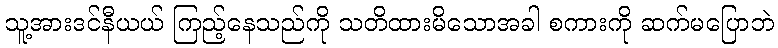
သူ့အားဒင်နီယယ် ကြည့်နေသည်ကို သတိထားမိသောအခါ စကားကို ဆက်မပြောဘဲ